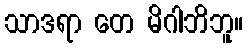
သာဒရာ တေ မိဂါဘိဘူ။